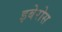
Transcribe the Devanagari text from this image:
इबेरोस